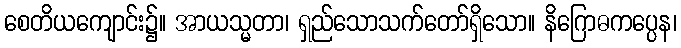
စေတိယကျောင်း၌။ အာယသ္မတာ၊ ရှည်သောသက်တော်ရှိသော။ နိဂြောဓကပ္ပေန၊